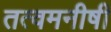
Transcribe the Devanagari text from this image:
तत्वमनीषी